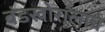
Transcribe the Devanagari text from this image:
बंडखोरालाच